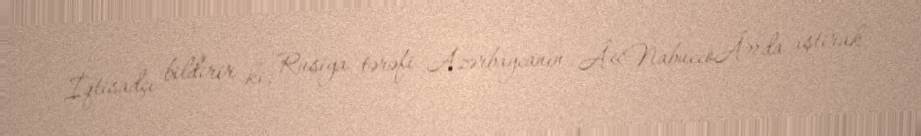
İqtisadçı bildirir ki, Rusiya tərəfi Azərbaycanın Â«NabuccoÂ»da iştirak